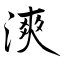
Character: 漺